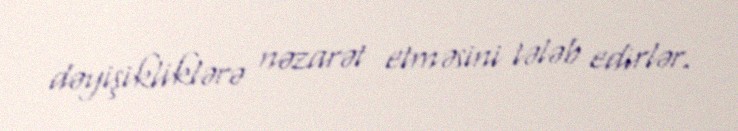
dəyişikliklərə nəzarət etməsini tələb edirlər.